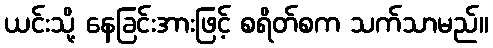
ယင်းသို့ နေခြင်းအားဖြင့် စရိတ်စက သက်သာမည်။